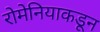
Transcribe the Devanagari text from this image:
रोमेनियाकडून